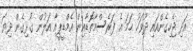
އަދި ޖެހިގެންއައި ދުވަހު ހަމަ އެ ފަރެސްމާތޮޑާއިން އެމްޑީޕީއާ އަލުން ގުޅިގެން ދިޔަ